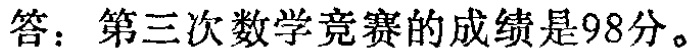
答：第三次数学竞赛的成绩是98分。